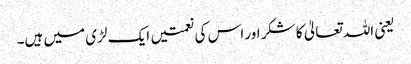
یعنی اللہ تعالیٰ کا شکر اور اس کی نعمتیں ایک لڑی میں ہیں۔